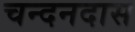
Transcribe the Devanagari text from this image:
चन्दनदास